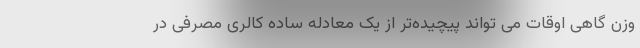
وزن گاهی اوقات می تواند پیچیده‌تر از یک معادله ساده کالری مصرفی در